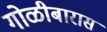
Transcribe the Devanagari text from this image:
गोळीबारास